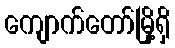
ကျောက်တော်မြို့ရှိ